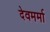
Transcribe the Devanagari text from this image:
देवमर्मा